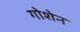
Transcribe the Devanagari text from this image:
गोशेन